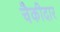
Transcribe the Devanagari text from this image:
चैकीदार